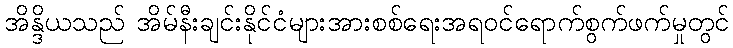
အိန္ဒိယသည် အိမ်နီးချင်းနိုင်ငံများအားစစ်ရေးအရဝင်ရောက်စွက်ဖက်မှုတွင်